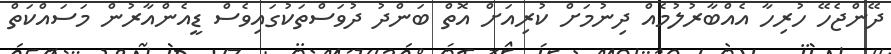
ދޭންޖެހޭ ހުރިހާ އެއްބާރުލުމެއް ދިނުމަށް ކުރިއަށް އޮތް ބަންދު ދުވަސްތަކުގައިވެސް ޑީއެންއާރުން މަސައްކަތް